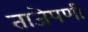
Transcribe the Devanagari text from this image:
ताजेपणी